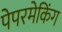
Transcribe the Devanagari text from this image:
पेपरमेकिंग